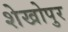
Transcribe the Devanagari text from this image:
शेखोपुर